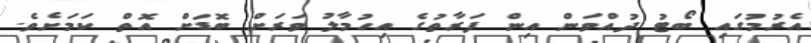
އެރުމުގައި ބޯޓު ދުއްވަން އިން ފަރާތުގެ އިހުމާލު ވަރަށް ބޮޑަށް އޮތް ކަމަށެވެ.